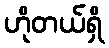
ဟိုတယ်ရှိ